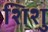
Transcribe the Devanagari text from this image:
शिशु